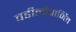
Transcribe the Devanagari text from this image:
वडीलोपार्जित